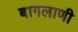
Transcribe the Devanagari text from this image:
बागलाणी